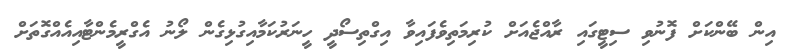
އިން ބޭންކަށް ފޮނުވި ސިޓީގައި ރާއްޖެއަށް ކުރިމަތިވެފައިވާ އިގްތިސޯދީ ހީނަރުކަމާއިގުޅިގެން ލޯނު އެގްރީމެންޓާއިއެއްގޮތަށް